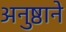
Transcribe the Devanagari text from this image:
अनुष्ठाने